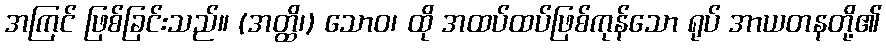
အကြင် ဖြစ်ခြင်းသည်။ (အတ္ထိ၊) သောဝ၊ ထို အထပ်ထပ်ဖြစ်ကုန်သော ရုပ် အာယတနတို့၏